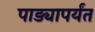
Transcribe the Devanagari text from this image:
पाड्यापर्यंत